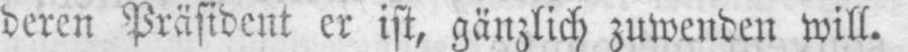
deren Präsident er ist, gänzlich zuwenden will.